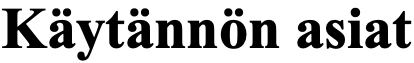
Käytännön asiat